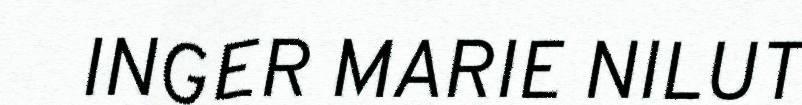
INGER MARIE NILUT